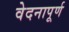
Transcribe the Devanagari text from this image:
वेदनापूर्ण